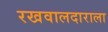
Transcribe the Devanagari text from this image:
रखवालदाराला